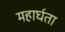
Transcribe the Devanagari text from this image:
महार्घता